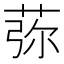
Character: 𦰴